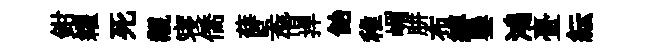
鉗糴死覯寝僑薛吴僭捍飴稚嵋胼布縛鑾鴻臺紜